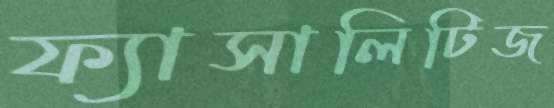
ফ্যাসালিটিজ